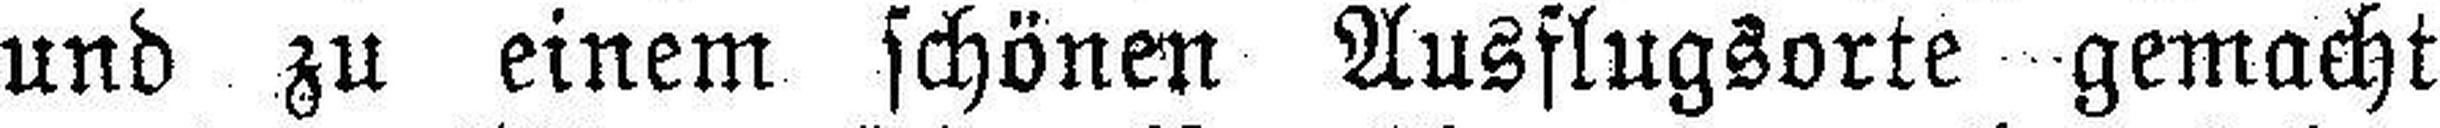
und zu einem schönen Ausflugsorte gemacht